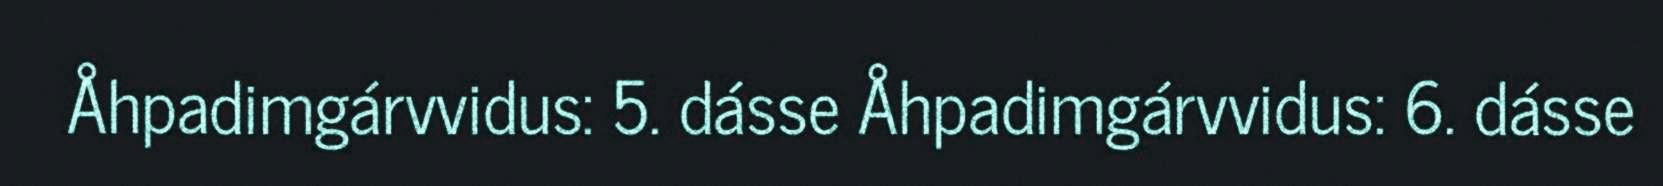
Åhpadimgárvvidus: 5. dásse Åhpadimgárvvidus: 6. dásse